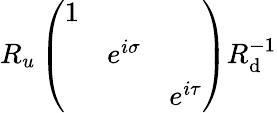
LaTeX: R_{u}\left(\begin{array}{ccc}{{1}}&{{}}&{{}}\\ {{}}&{{e^{i\sigma}}}&{{}}\\ {{}}&{{}}&{{e^{i\tau}}}\end{array}\right)R_{\mathrm{d}}^{-1}